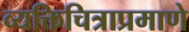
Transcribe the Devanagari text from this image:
व्यक्तिचित्राप्रमाणे